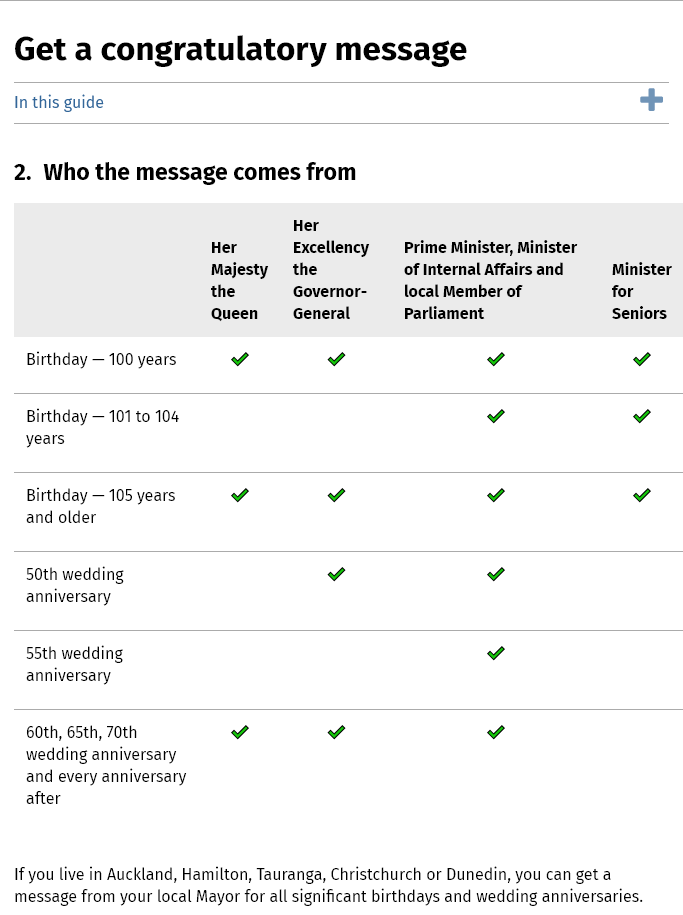
Get    a  congratulatory    message
  In this guide
  2.  Who   the  message    comes from
     Minister
     for
     Seniors
     Prime Minister, Minister
     of Internal Affairs and
     local Member of
     Parliament
     Her
     Excellency
     the
     Governor-
     General
     Her
     Majesty
     the
     Queen
    Birthday
     —
     100 years
    Birthday
     —
     101 to 104
    years
    Birthday
     —
     105 years
    and older
    50th wedding
    anniversary
    55th wedding
    anniversary
    60th, 65th, 70th
    wedding anniversary
    and every anniversary
    after
  If you live in Auckland, Hamilton, Tauranga, Christchurch or Dunedin, you can get a
  message from your local Mayor for all significant birthdays and wedding anniversaries.